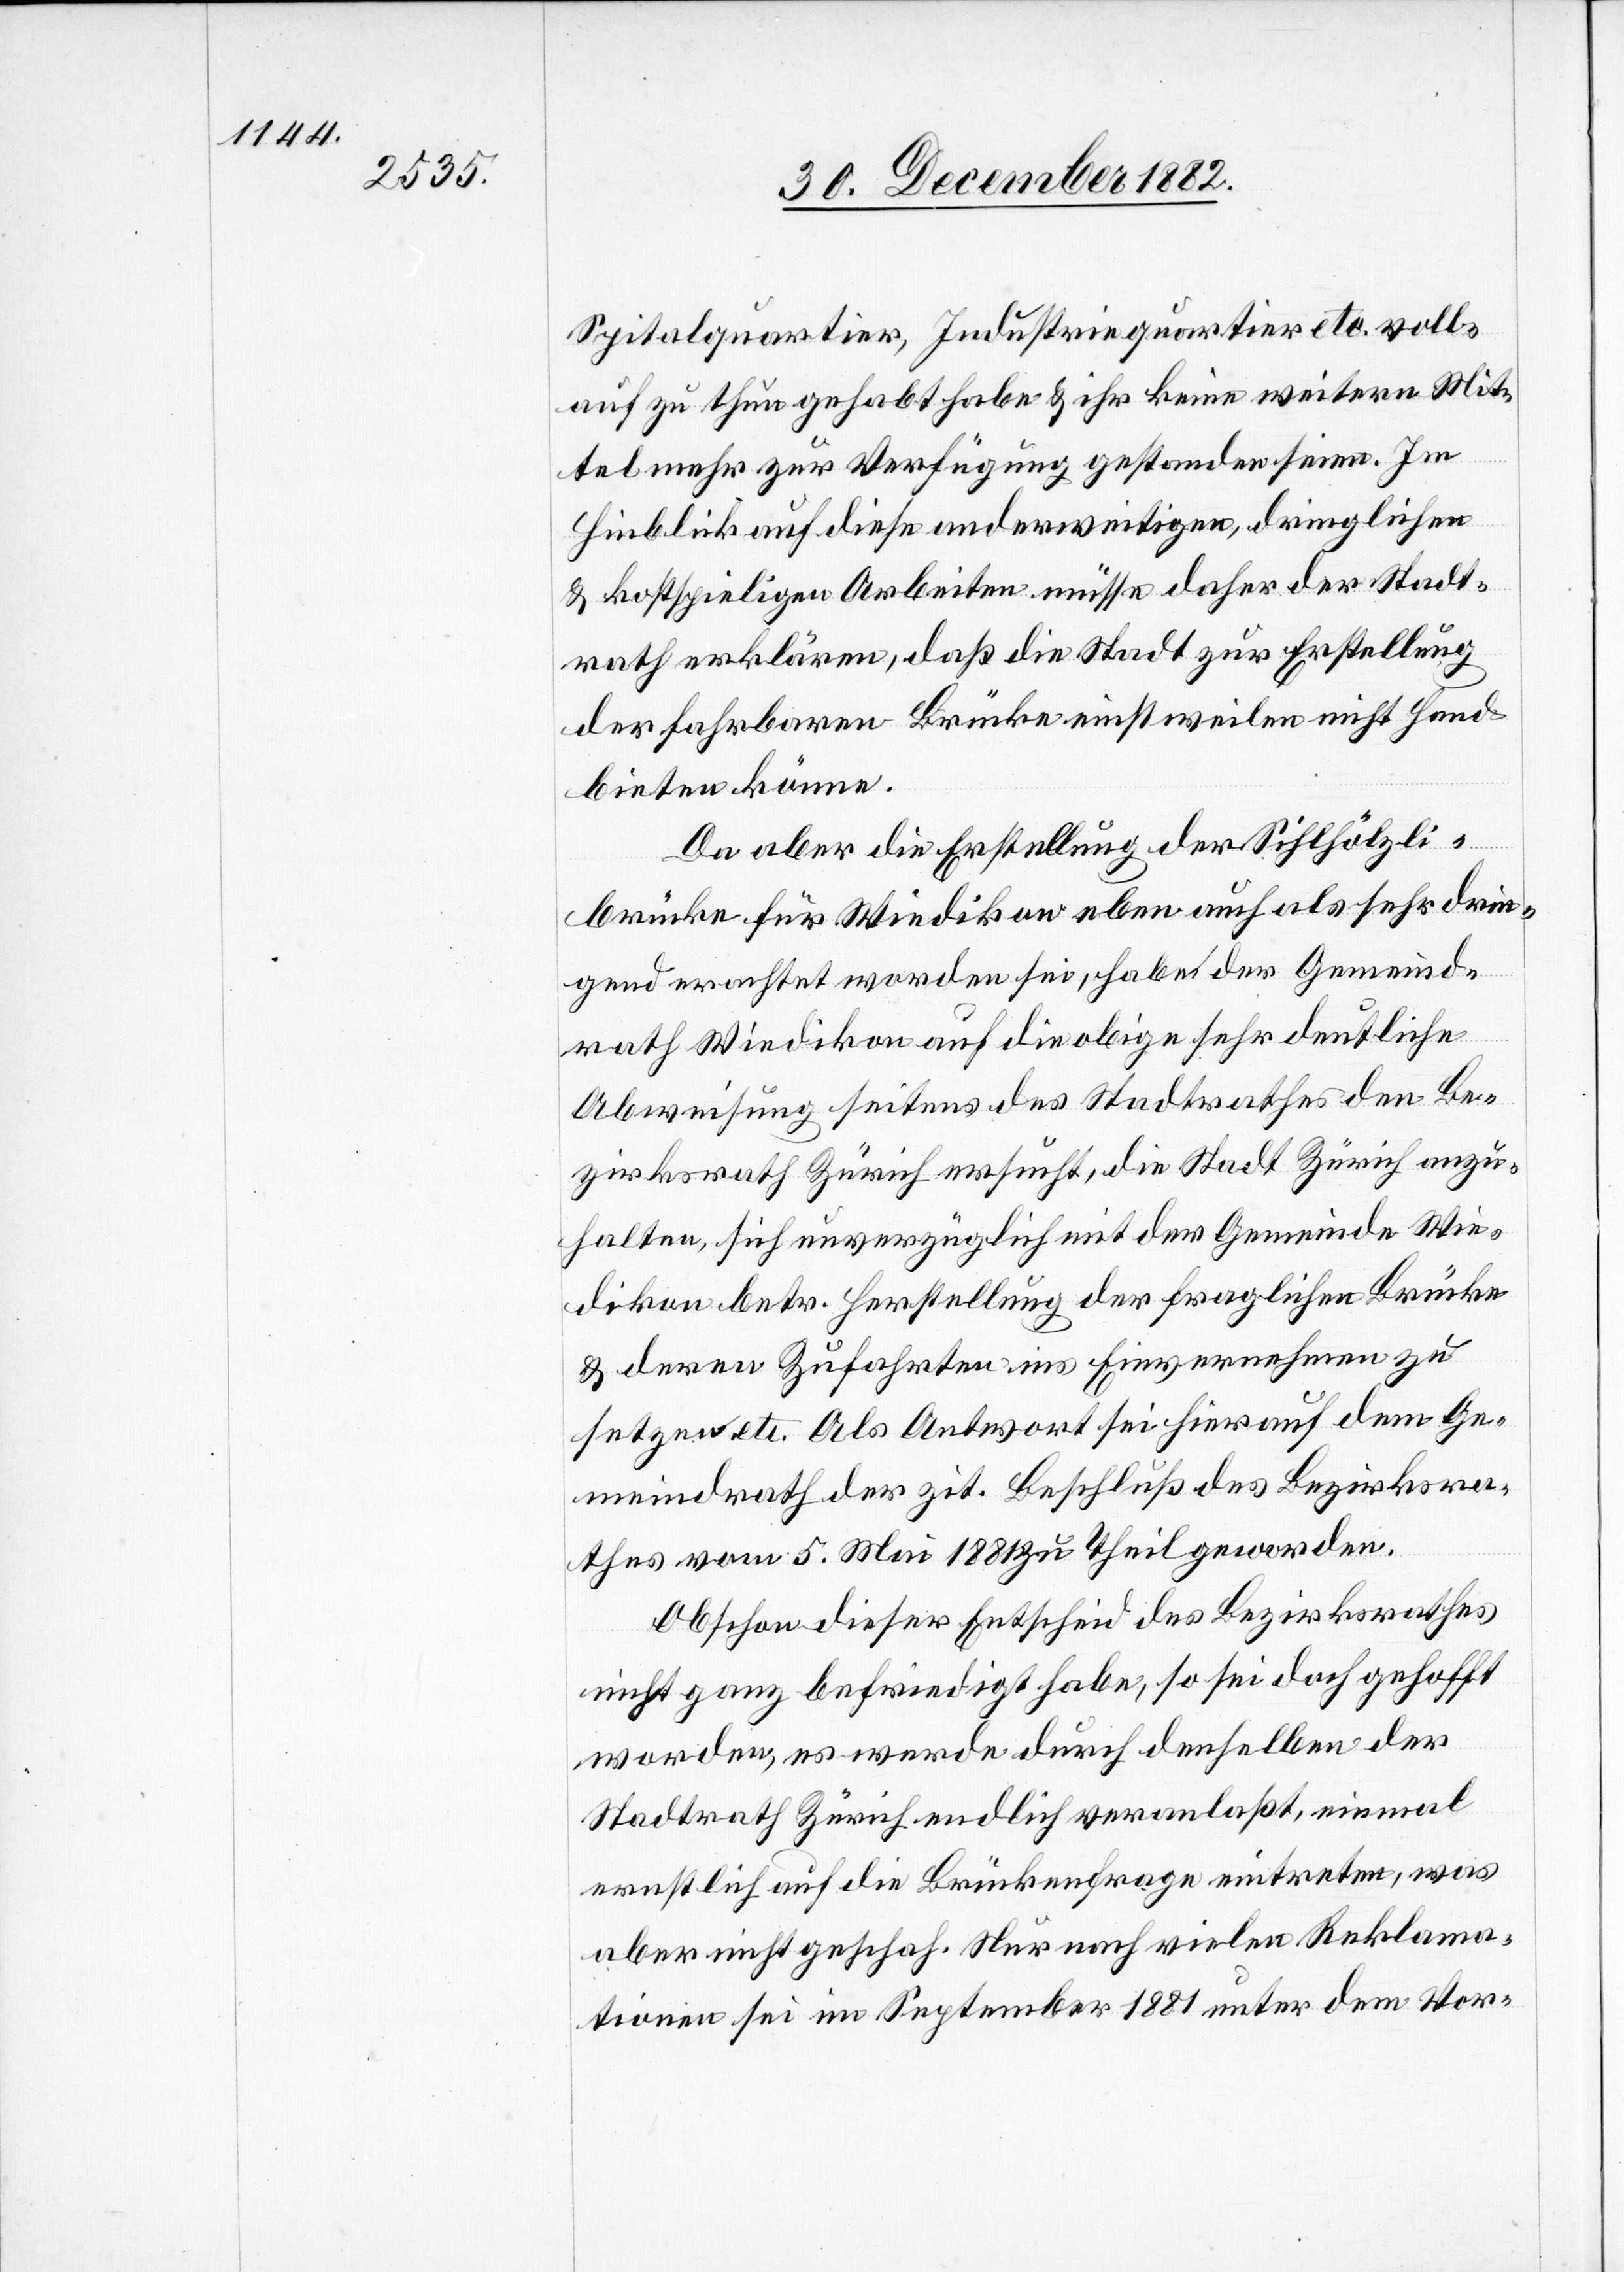
Spitalquartier, Industriequartier etc. voll¬
auf zu thun gehabt habe & ihr keine weitere Mit¬
was
tel mehr zu Verfügung gestanden seien. Im
Hinblick auf diese anderweitigen, dringlichen
& kostspieligen Arbeiten müsse daher der Stadt¬
rath erklären, daß die Stadt zur Erstellung
der fahrbaren Brücke einstweilen nicht Hand
bieten könne.
Da aber die Erstellung der Sihlhölzli¬
brücke für Wiedikon eben auch als sehr drin¬
gend erachtet worden sei, habe der Gemeind¬
rath Wiedikon auf die obige sehr deutliche
Abweisung seitens des Stadtrathes den Be¬
zirksrath Zürich ersucht, die Stadt Zürich anzu¬
halten, sich unverzüglich mit der Gemeinde Wie¬
dikon betr. Herstellung der fraglichen Brücke
& deren Zufahrten ins Einvernehmen zu
setzen etc. Als Antwort sei hierauf dem Ge¬
meindrath der zit. Beschluß des Bezirksra¬
thes vom 5. Mai 1881 zu Theil geworden.
Obschon dieser Entscheid des Bezirksrathes
nicht ganz befriedigt habe, so sei doch gehofft
worden, es werde durch denselben der
Stadtrath Zürich endlich veranlaßt, einmal
ernstlich auf die Brückenfrage eintreten [r¬
aber nicht geschah. Nur nach vielen Reklama¬
tionen sei im September 1881 unter dem Vor-